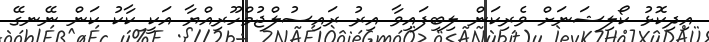
އިދިކޮޅު ކޯލިޝަނަށް ވެރިކަން ލިބިފައިވާ އިރު ރައިސުލްޖުމްހޫރިއްޔާ އަކީ ކާކު ކަން ނޭނގޭ